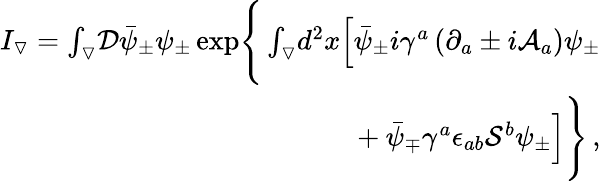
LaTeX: \begin{array}{r}{I_{\triangledown}=\int_{\triangledown}\! \mathcal{D}\bar{\psi}_{\pm}\psi_{\pm}\exp\! \Bigg\{ \int_{\triangledown}\! d^{2}x\Big[\bar{\psi}_{\pm}i\gamma^{a}\left(\partial_{a}\pm i\mathcal{A}_{a}\right)\psi_{\pm}}\\ {\quad\ +\bar{\psi}_{\mp}\gamma^{a}\epsilon_{ab}\mathcal{S}^{b}\psi_{\pm}\Big]\Bigg\} \, ,}\end{array}